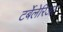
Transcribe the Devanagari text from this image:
टर्बेलेरिआ